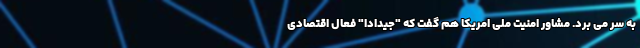
به سر می برد. مشاور امنیت ملی امریکا هم گفت که "جیدادا" فعال اقتصادی